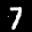
Label: 7